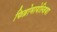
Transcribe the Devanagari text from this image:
फिब्रोमायेल्जिया